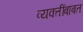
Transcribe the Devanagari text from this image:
व्यक्तींबाबत